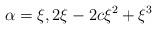
LaTeX: \begin{align*}\alpha=\xi,2\xi-2c\xi^{2}+\xi^{3} \end{align*}